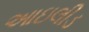
આઇલીડ